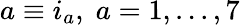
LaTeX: a\equiv i_{a},\; a=1,...,7